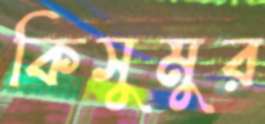
কিসুমুর